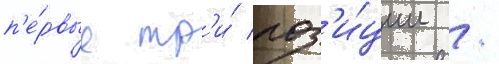
п'е́рвые тр'и́ поз'и́ции /